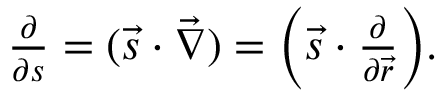
\begin{array} { r } { \frac { \partial } { \partial { s } } = ( { \vec { s } } \cdot { \vec { \nabla } } ) = \Big ( { \vec { s } } \cdot \frac { \partial } { \partial { \vec { r } } } \Big ) . } \end{array}